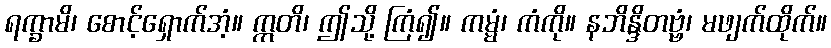
ရက္ခာမိ၊ စောင့်ရှောက်အံ့။ ဣတိ၊ ဤသို့ ကြံ၍။ ကမ္မံ၊ ကံကို။ နဘိန္ဒိတဗ္ဗံ၊ မဖျက်ထိုက်။